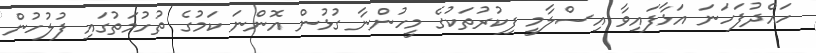
ހައްދުފަހަނަ އަޅާފައިވާ އިސްލާމީ ފިކުރުތަކުގެ މީހުންނާ ގުޅުން އޮންނަ ކަމުގެ ތުހުމަތުގައި ފުލުހުން